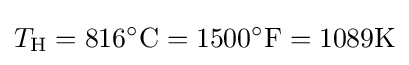
T_{\rm {H}}=816^{\circ }{\text{C}}=1500^{\circ }{\text{F}}=1089{\text{K}}